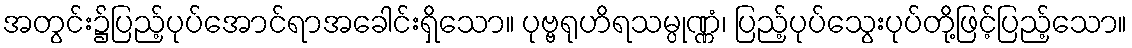
အတွင်း၌ပြည့်ပုပ်အောင်ရာအခေါင်းရှိသော။ ပုဗ္ဗရုဟိရသမ္ပုဏ္ဏံ၊ ပြည့်ပုပ်သွေးပုပ်တို့ဖြင့်ပြည့်သော။